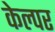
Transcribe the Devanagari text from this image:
केल्पर